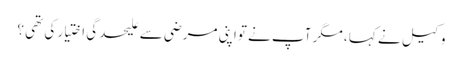
وکیل نے کہا ، مگر آپ نے تواپنی مرضی سے علیحدگی اختیار کی تھی ؟